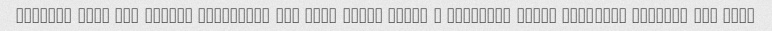
Keyfiat khob bod ghazam khoshmaze bod vali hajme ghaza B gheymate ghaza nmikhore bishtar byd bshe